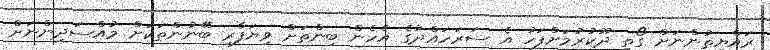
ރައްޔިތުންނަށް ގޯތި ދޫކުރުމަށްފަހު އެ ސަރަހައްދުގެ އެހެން ބިންތަށް ވިޔަފާރި ބޭނުންތަކަށް މުއްސަދިންނަށް